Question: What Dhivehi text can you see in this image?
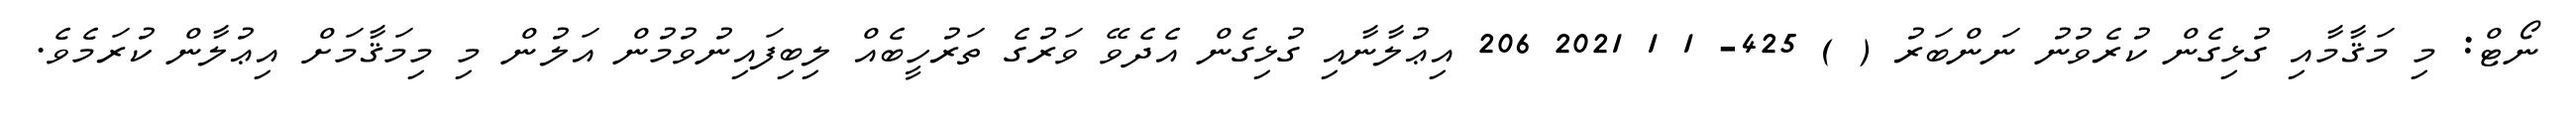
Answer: ނޯޓް: މި މަޤާމާއި ގުޅިގެން ކުރެވުނު ނަންބަރު ( ) 425- 1 1 2021 206 އިޢުލާނާއި ގުޅިގެން އެދެވޭ ވަރުގެ ތަރުހީބެއް ލިބިފައިނުވުމުން އަލުން މި މިމަޤާމަށް އިޢުލާން ކުރަމެވެ.